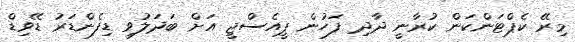
މިރޭ ކެޕްޓަންކަން ކުރާނީ ދާދި ފަހުން ޕީއެސްޖީ އަށް ބަދަލުވި ޑިފެންޑަރު ޑޭވިޑް